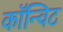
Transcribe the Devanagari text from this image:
कॉन्विट